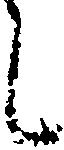
し